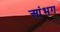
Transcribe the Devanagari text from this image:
आंभग